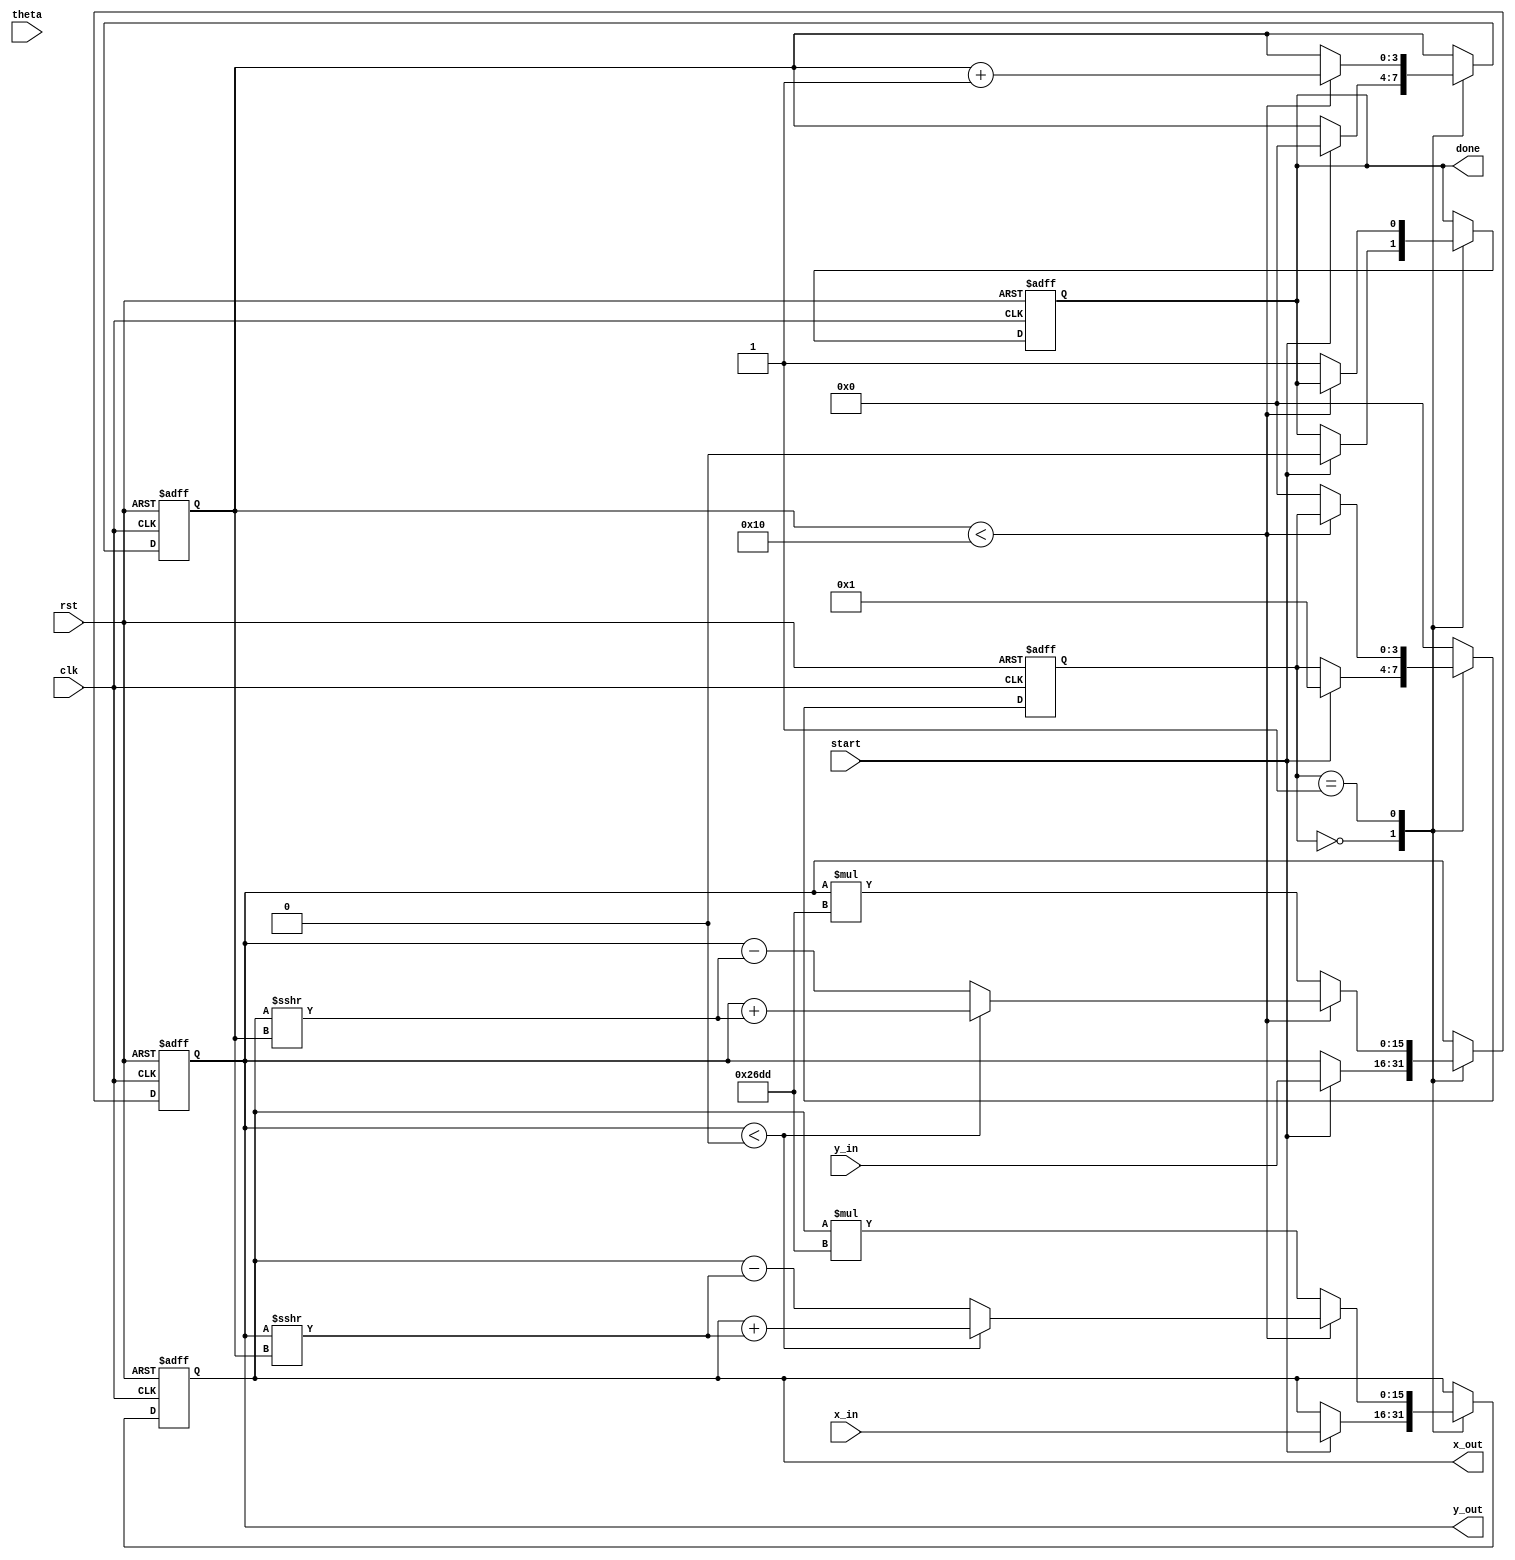
module modified_cordic #(
    parameter N_ITER = 16,           // Number of iterations
    parameter DATA_WIDTH = 16        // Width of fixed-point data
)(
    input wire clk,
    input wire rst,
    input wire [DATA_WIDTH-1:0] theta, // Input angle in fixed-point format
    input wire [DATA_WIDTH-1:0] x_in,   // Input X coordinate
    input wire [DATA_WIDTH-1:0] y_in,   // Input Y coordinate
    input wire start,                  // Start signal
    output reg [DATA_WIDTH-1:0] x_out, // Output X coordinate
    output reg [DATA_WIDTH-1:0] y_out, // Output Y coordinate
    output reg done                   // Done signal
);

// Scaling factor K for 16 iterations
localparam K = 16'h26DD; // Example value for scaling factor (fixed-point)

// Rotation table (atan values for each iteration)
reg [DATA_WIDTH-1:0] atan_table [0:N_ITER-1];
initial begin
    atan_table[0] = 16'h3243; // atan(1) = 45 degrees in fixed-point
    atan_table[1] = 16'h1DAC; // atan(0.5) in fixed-point
    atan_table[2] = 16'h0FA3; // atan(0.25) in fixed-point
    // Fill in the rest of the atan table values...
end

// State machine for control unit
reg [3:0] state;
reg [3:0] iteration;

always @(posedge clk or posedge rst) begin
    if (rst) begin
        state <= 0;
        iteration <= 0;
        done <= 0;
        x_out <= 0;
        y_out <= 0;
    end else begin
        case (state)
            0: begin // Idle state
                if (start) begin
                    x_out <= x_in;
                    y_out <= y_in;
                    iteration <= 0;
                    state <= 1;
                    done <= 0;
                end
            end
            1: begin // Iteration state
                if (iteration < N_ITER) begin
                    // Perform rotation
                    if (y_out < 0) begin
                        // Subtract
                        x_out <= x_out + (y_out >>> iteration);
                        y_out <= y_out + (x_out >>> iteration);
                    end else begin
                        // Add
                        x_out <= x_out - (y_out >>> iteration);
                        y_out <= y_out - (x_out >>> iteration);
                    end
                    iteration <= iteration + 1;
                end else begin
                    // Finalize output
                    x_out <= x_out * K; // Scale output X
                    y_out <= y_out * K; // Scale output Y
                    done <= 1;
                    state <= 0; // Go back to idle
                end
            end
            default: state <= 0; // Reset to idle on unexpected state
        endcase
    end
end

endmodule